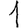
Digit: 1